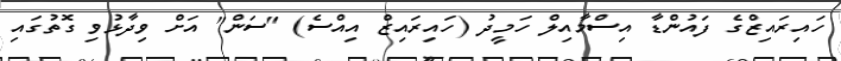
ހައިރައިޒްގެ ފައުންޑާ އިސްމާއިލް ހަމީދު (ހައިރައިޒް އިއްސެ) "ސަން" އަށް ވިދާޅުވި ގޮތުގައި